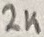
Text: 2K